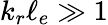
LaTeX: k_{r}\ell_{e}\gg 1